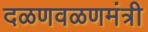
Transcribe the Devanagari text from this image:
दळणवळणमंत्री